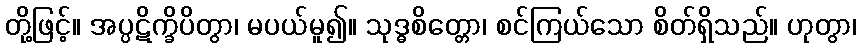
တို့ဖြင့်။ အပ္ပဋိက္ခိပိတွာ၊ မပယ်မူ၍။ သုဒ္ဓစိတ္တော၊ စင်ကြယ်သော စိတ်ရှိသည်။ ဟုတွာ၊